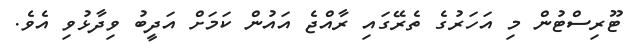
ޓޫރިސްޓުން މި އަހަރުގެ ތެރޭގައި ރާއްޖެ އައުން ކަމަށް އަދީބު ވިދާޅުވި އެވެ.